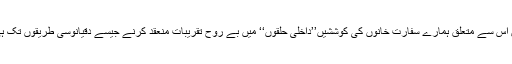
اگرچہ کشمیر برس ہا برس سے ہماری خارجہ پالیسی کا مرکزی نقطہ رہا ہے لیکن اس سے متعلق ہمارے سفارت خانوں کی کوششیں’’داخلی حلقوں‘‘ میں بے روح تقریبات منعقد کرنے جیسے دقیانوسی طریقوں تک ہی محدود ہیں جن کا میزبان ملک اور اس کے معاشرے پر کوئی اثر مرتب نہیں ہوتا۔